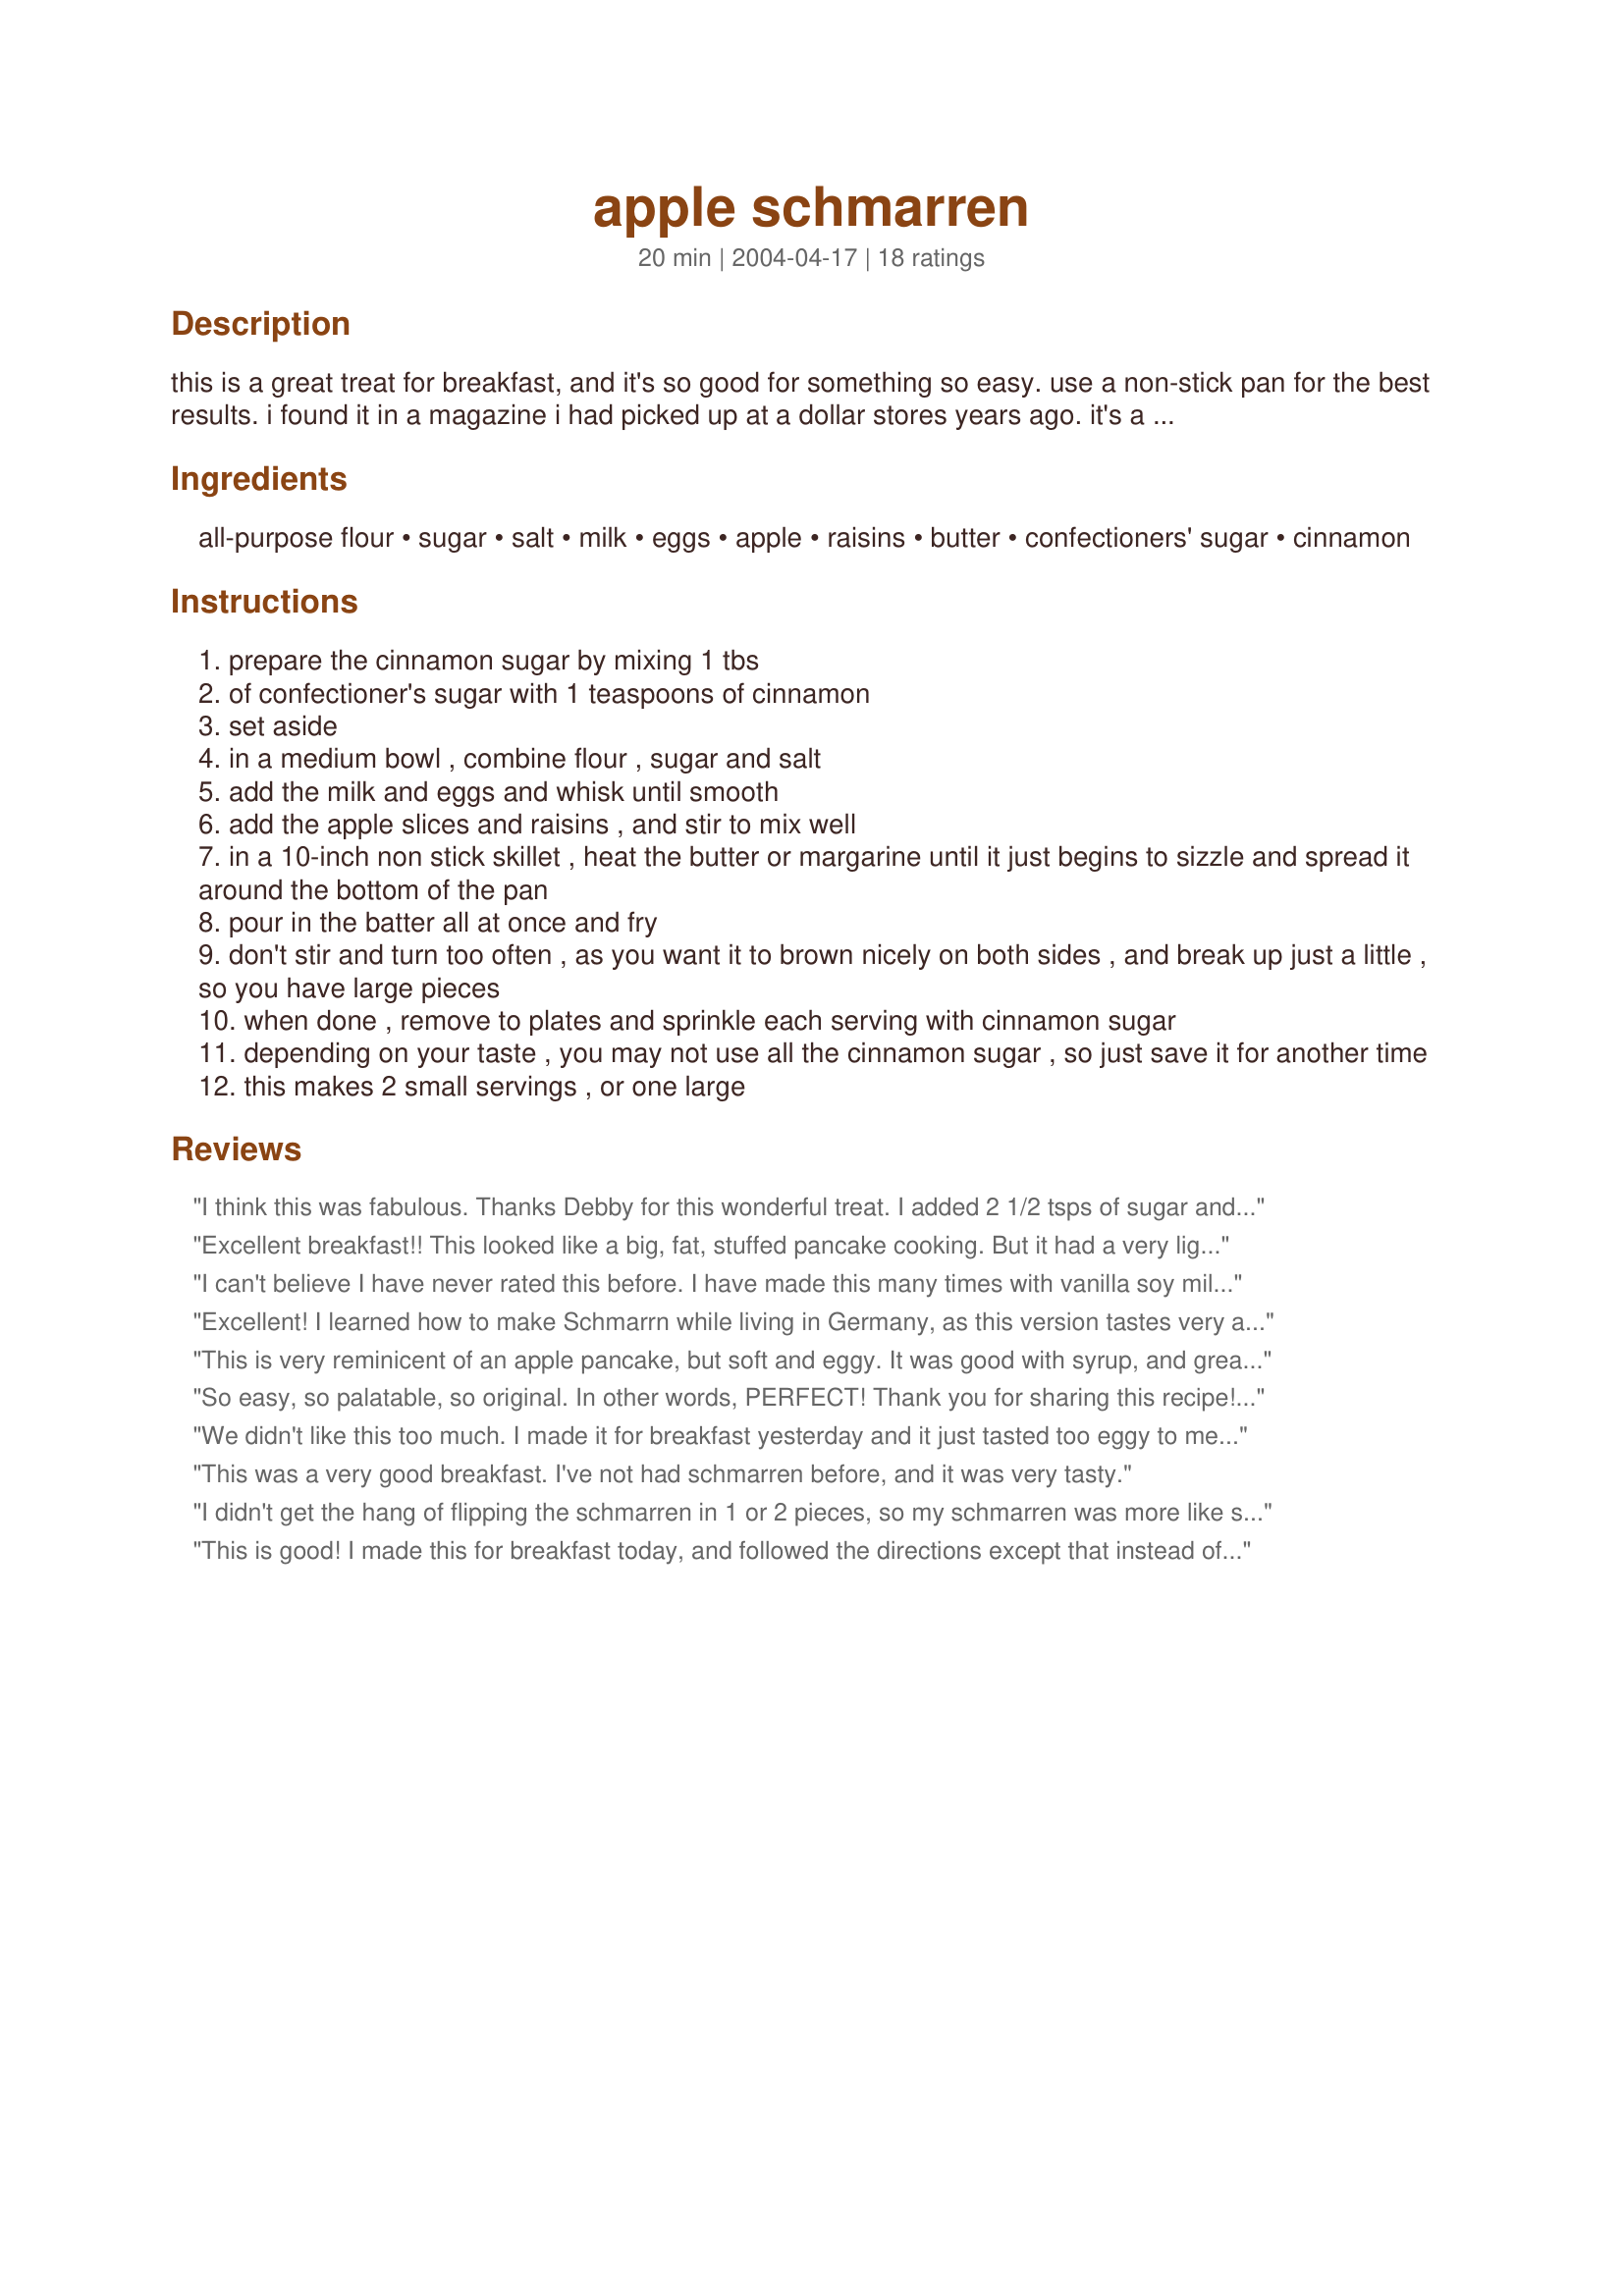
apple schmarren
Preparation time: 20 minutes

this is a great treat for breakfast, and it's so good for something so easy. use a non-stick pan for the best results. i found it in a magazine i had picked up at a dollar stores years ago. it's a pancake. no, it's apple bread pudding. no, it's apple schmarren!

a note: bev, who made and reviewed this recipe, gave her technique for turning the schmarren in one piece. it tastes great either way, but if you have the time and patience, i would suggest bev's technique. it's a much nicer presentation!

Ingredients:
all-purpose flour, sugar, salt, milk, eggs, apple, raisins, butter, confectioners' sugar, cinnamon

Steps:
prepare the cinnamon sugar by mixing 1 tbs
of confectioner's sugar with 1 teaspoons of cinnamon
set aside
in a medium bowl , combine flour , sugar and salt
add the milk and eggs and whisk until smooth
add the apple slices and raisins , and stir to mix well
in a 10-inch non stick skillet , heat the butter or margarine until it just begins to sizzle and spread it around the bottom of the pan
pour in the batter all at once and fry
don't stir and turn too often , as you want it to brown nicely on both sides , and break up just a little , so you have large pieces
when done , remove to plates and sprinkle each serving with cinnamon sugar
depending on your taste , you may not use all the cinnamon sugar , so just save it for another time
this makes 2 small servings , or one large

Reviews:
I think this was fabulous. Thanks Debby for this wonderful treat. I added 2 1/2 tsps of sugar and topped only with the cinnamon(which I love). I used Bev's technique with good effect and used a non-stick pancake pan. Next time I will try the oven top browning technique. I used the raisins and they also contributed to the sweetness. SO it was perfect! :) Fay
Excellent breakfast!! This looked like a big, fat, stuffed pancake cooking. But it had a very light taste and texture when eating - more like a souffle has. I used both the apples and raisins, and when I flipped it, using two spatulas it only broke in half - perfect for my DH and self. A definate keeper in my book!
I can't believe I have never rated this before. I have made this many times with vanilla soy milk and 2 egg whites and one egg yolk. I think people need to remember that it IS an eggy recipe, but that is what makes it so great! Mine never looks good like Bev's photo, but that's okay.
Today, I sauteed the apples while I mixed up the egg mixture. The apples were still firm, but I like it that way. I drizzled it with a bit of maple syrup. YUM!
This has been in my Best of Zaar so Far cookbook for several years now.
KCShell
Excellent! I learned how to make Schmarrn while living in Germany, as this version tastes very authentic. I usually make mine with lemon flavor, but this was really yummy with apples & cinnamon too. I omitted the the raisins. Delicious and super easy to prepare. In Germany,the kids get to chop up the pancake at the end of the cooking process with two forks.
This is very reminicent of an apple pancake, but soft and eggy. It was good with syrup, and great with vanilla yogurt (my pancake topping of choice). I think I'll try sauteeing the apples next time and only doing a half batch. My kids didn't like it much, but that just means I don't have to share now!
So easy, so palatable, so original. In other words, PERFECT! Thank you for sharing this recipe! I will definitely make this often.
We didn't like this too much. I made it for breakfast yesterday and it just tasted too eggy to me. And I didn't like that combination of apples and eggs. I mean it was okay with the nice sweet topping but definately not something I'll try again.
This was a very good breakfast. I've not had schmarren before, and it was very tasty.
I didn't get the hang of flipping the schmarren in 1 or 2 pieces, so my schmarren was more like scrambled scharren. But it was good! I used all of the cinnamon sugar. Besides the 2 tsp. of sugar, it's really the only sweetener in the recipe and it coats the apples so nicely. This would be a very nice brunch recipe.
This is good! I made this for breakfast today, and followed the directions except that instead of breaking it apart in the pan, I let it cook until nice and browned on the bottom, and then put it under the grill until browned on top .. I used an oven safe skillet .. this is good and easy, thank you for posting!
Fantastic!! Loved it!! When I flipped it, it broke into two pieces, which was ok, because each piece was a portion size, so when I put it on our plates, it looked so pretty. We thought the sweetness of this was just perfect, it wasn't overly sweet, but yet you could adjust the sweet taste by adding more cinnamon/sugar topping. It was a delicious breakfast treat which was so simple to make. Thanks Charmed, this is a WINNER.
There isn't a kid in the world that doesn't love these. My grandmother made these for us when we were little. Thanks for sharing your recipe with us at 'zaar.

It is a great recipe and I ate it a lot as a child. Raisins are a must for me. I like the picture.It is a good idea to serve it in one piece.
I made this for breakfast this weekend, wanting to do something different, but having limited supplies on hand. This had good flavor, but the apples were a little too crisp for my taste, even though I sliced them thin. I wonder if grating them would work.... Anyway, DH and DS both liked this too, which I served along with some beef sausage. (I omitted the raisins too, due to preference.) And I was able to get it flipped in one piece! Thanks for the recipe! I'll make this again!
I had never heard of Apple Schmarren before I found this recipe. If you have never tried it, I suggest you do for a real breakfast treat! I prepared this without the raisins only because I had none in the house. I used the only non-stick pan in my kitchen, which happened to be a crepe pan, which worked perfectly for this amount of batter. If you will look at the photo posted above you will see that I prepared this as one piece instead of allowing it to break into pieces. I used two very flexible spatulas to flip, and it worked out well. The sweetness of the apples gives this recipe a wonderful flavor. I loved the cinnamon-sugar topping, but I also think a bit of real maple syrup may work well also! This recipe will serve two very hungry people easily! Love this recipe, Montana Roux! Thanks for sharing it with Zaar!
This was such an eggy mess I could not eat it. It tasted too much like an omlette (which is not what I wanted for breakfast), and the apples were too crunchy. The birds are getting this one!
Yummy breakfast. I used whole wheat flour, one egg and an egg white. We loved the flavor and I even got it flipped in one piece. Thanks for a great recipe!

The pancake was wonderful, quick and easy to make. This light and tender pancake tasted delicious, it was satisfying without being heavy. It was soft and eggy with apples, spices and raisins. The apple cinnamon topping was the perfect touch. Thank you for sharing your recipe, which we enjoyed very much and which I will make again. Made for Whats on the Menu Tag Game.
